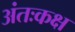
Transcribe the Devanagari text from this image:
अंतःकक्ष